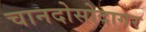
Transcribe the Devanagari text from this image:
चानदोसोदागर